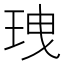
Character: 𤤺